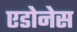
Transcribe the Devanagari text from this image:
एडोनेस